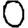
Digit: 0